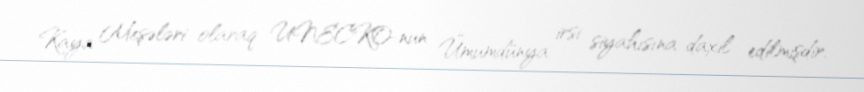
Kaya Meşələri olaraq UNECKO-nun Ümumdünya irsi siyahısına daxil edilmişdir.